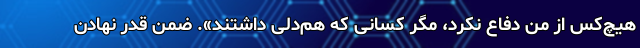
هیچ‌کس از من دفاع نکرد، مگر کسانی که هم‌دلی داشتند». ضمن قدر نهادن